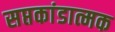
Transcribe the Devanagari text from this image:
सप्तकांडात्मक